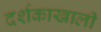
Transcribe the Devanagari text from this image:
दर्शकाखाली